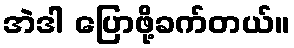
အဲဒါ ပြောဖို့ခက်တယ်။